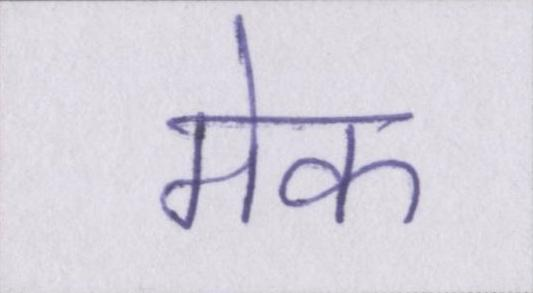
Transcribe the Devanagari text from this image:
मेक